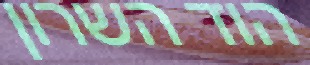
הוד השרון